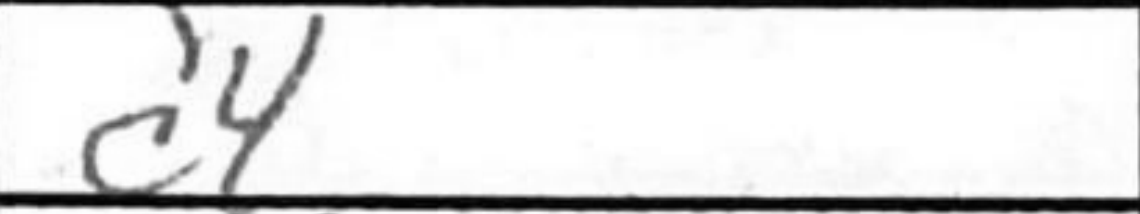
Transcription: c4